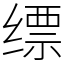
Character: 缥